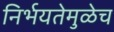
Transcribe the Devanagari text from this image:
निर्भयतेमुळेच